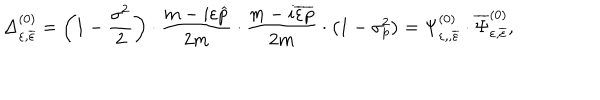
LaTeX: \Delta _ { \varepsilon , \overline { { { \varepsilon } } } } ^ { ( 0 ) } = \left( 1 - \frac { \sigma ^ { 2 } } 2 \right) \cdot \frac { m - i \varepsilon \widehat { p } } { 2 m } \cdot \frac { m - i \overline { { { \varepsilon } } } \overline { { { p } } } } { 2 m } \cdot \left( 1 - \sigma _ { p } ^ { 2 } \right) = \Psi _ { \varepsilon , , \overline { { { \varepsilon } } } } ^ { ( 0 ) } \cdot \overline { { { \Psi } } } _ { \varepsilon , \overline { { { \varepsilon } } } } ^ { ( 0 ) } ,